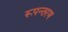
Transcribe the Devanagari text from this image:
रूपन्तरण